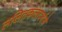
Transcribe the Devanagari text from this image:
ललितकलादर्शचे